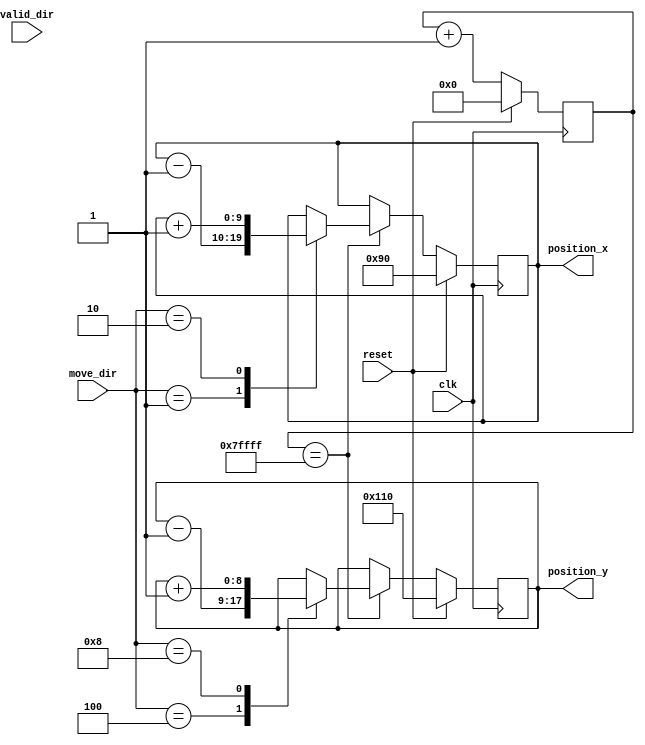
`timescale 1ns / 1ps

/* 
 * File Primary Author: Idan Warsawski
 * See LICENSE for license information
 * 
 * This file is non-functional
 */

module sticky_key_smooth_motion(position_x, position_y, move_dir, valid_dir, reset, clk);
	output [9:0] position_x;
	output [8:0] position_y;
	input [3:0] move_dir;
	input [3:0] valid_dir;
	input clk, reset;
	
	reg [9:0] position_x;
	reg [8:0] position_y;
	
	reg [3:0] cur_move_dir;
	reg [3:0] buf_move_dir; //0 = left, 1 = right, 2 = up, 3 = down
	
	reg [18:0] hagga_wagga_wacca_flaca_flame;
	
	reg valid_movement, valid_movement_in_buf;
	wire x_low_zero, y_low_zero;
	
	assign x_low_zero = (position_x[3:0] == 4'b0000);
	assign y_low_zero = (position_y[3:0] == 4'b0000);
	
	
	
	//This feels like LISP with all the parenthesis...
	//Basically. The movement in the buffer can be transfered to our current "sticky" move IF
	//The direction in the buffer is
	// a) valid (first line)
	// b) the object is perfectly aligned to an y block (can be moving left/right) and the  request is
	//    a left or right move
	// c) the object is perfectly aligned to an x block (can be moving up/down in this case) and the request
	//    is an up/down move
	/*assign valid_movement_in_buf = (
												((move_dir & valid_dir) != 4'b0000) 
													& 
													(
														(y_low_zero & (move_dir[0] | move_dir[1]))
															|
														(x_low_zero & (move_dir[2] | move_dir[3]))
													)
												);

	assign valid_movement = (cur_move_dir & valid_dir) != 4'b0000;*/
	
	always @(posedge clk) begin

	//This feels like LISP with all the parenthesis...
	//Basically. The movement in the buffer can be transfered to our current "sticky" move IF
	//The direction in the buffer is
	// a) valid (first line)
	// b) the object is perfectly aligned to an y block (can be moving left/right) and the  request is
	//    a left or right move
	// c) the object is perfectly aligned to an x block (can be moving up/down in this case) and the request
	//    is an up/down move
		valid_movement_in_buf <= (
												((move_dir & valid_dir) != 4'b0000) 
													& 
													(
														(y_low_zero & (move_dir[0] | move_dir[1]))
															|
														(x_low_zero & (move_dir[2] | move_dir[3]))
													)
												);

		valid_movement <= (cur_move_dir & valid_dir) != 4'b0000;
	
		if(reset) begin
			position_x <= 10'b00_1001_0000;///9
			position_y <= 9'b1_0001_0000;//17
			cur_move_dir <= 4'b0000;
			//buf_move_dir <= 4'b0000;
			hagga_wagga_wacca_flaca_flame <= 0; //im not typing out 20 zeros
		end else begin
		
			/*//if we have a non 'stop' move command we'l
			if(move_dir != 4'b0000)
				buf_move_dir <= move_dir;
			else
				buf_move_dir <= buf_move_dir;*/
			
			/*case({valid_movement, valid_movement_in_buf})
				2'b00: begin
					cur_move_dir <= 4'b0000;
				end
				2'b01: begin 
					cur_move_dir <= move_dir;
				end
				2'b10: begin 
					cur_move_dir <= cur_move_dir;
				end
				2'b11: begin 
					cur_move_dir <= move_dir;
				end
			endcase*/
			
			hagga_wagga_wacca_flaca_flame <= hagga_wagga_wacca_flaca_flame + 1;
			
			//We will want to perform a movement if:
			// a) We know there is not a wall there (valid_movement == 1)
			// b) and if the requested movement is not valid (or if the requested 
			//		movement is the same as the direction we want to go
			//if((valid_movement) & (!valid_movement_in_buf | (cur_move_dir == move_dir))) begin
			/*if((valid_movement) & 
				(!valid_movement_in_buf | (cur_move_dir == move_dir)))begin*/ //& 
				//(hagga_wagga_wacca_flaca_flame == 19'b111_1111_1111_1111_1111)) begin
				if(hagga_wagga_wacca_flaca_flame == 19'b111_1111_1111_1111_1111) begin
				case(move_dir)
					4'b0001: begin
						position_x <= position_x - 1;
						position_y <= position_y;
					end
					4'b0010: begin
						position_x <= position_x + 1;
						position_y <= position_y;
					end
					4'b0100: begin
						position_x <= position_x;
						position_y <= position_y - 1;
					end
					4'b1000: begin
						position_x <= position_x;
						position_y <= position_y + 1;
					end
					default: begin
						position_x <= position_x;
						position_y <= position_y;
					end
				endcase
			end else begin
				position_x <= position_x;
				position_y <= position_y;
			end
		
		end
	
	end

endmodule